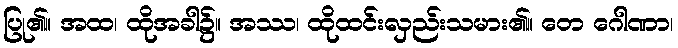
ပြု၏။ အထ၊ ထိုအခါ၌။ အဿ၊ ထိုထင်းလှည်းသမား၏။ တေ ဂေါဏာ၊